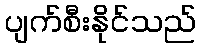
ပျက်စီးနိုင်သည်